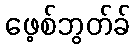
ဖေ့စ်ဘွတ်ခ်